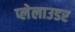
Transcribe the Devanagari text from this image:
प्लेलाउडर